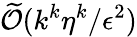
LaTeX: \widetilde{\cal O}(k^{k}\eta^{k}/\epsilon^{2})